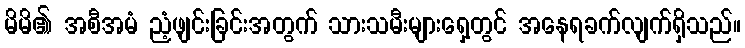
မိမိ၏ အစီအမံ ညံ့ဖျင်းခြင်းအတွက် သားသမီးများရှေ့တွင် အနေရခက်လျက်ရှိသည်။